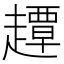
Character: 𧽼